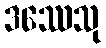
ဒဿေသု